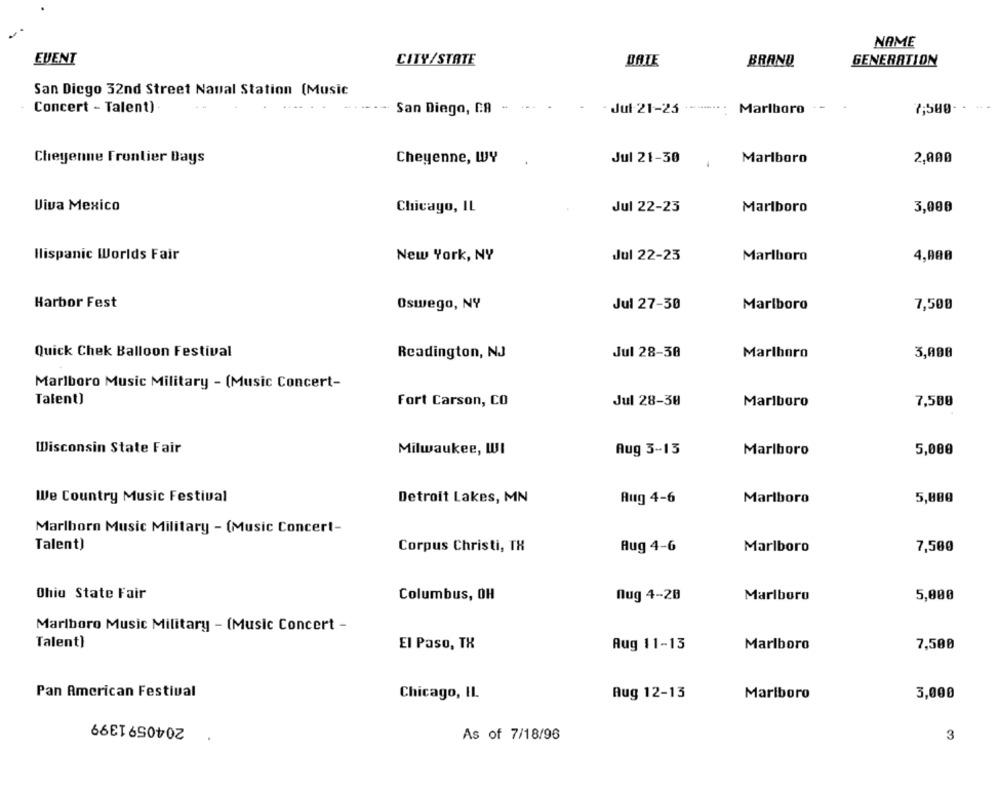
NAME
EVENT
CITY/STATE
BATE
BRAND
GENERATION
San Diego 32nd Street Naval Station (Music
Concert - Talent)
San Diego, CA -
- Jul-21-23 ------...
Marlboro
7,500· ·
Cheyenne Frontier Days
Cheyenne, WY
Jul 21-30
Marlboro
2,000
Viva Mexico
Chicago, IL
Jul 22-23
Marlboro
3,000
Hispanic Worlds Fair
New York, NY
Jul 22-23
Marlboro
4,000
Harbor Fest
Oswego, NY
Jul 27-30
Marlboro
7,500
Quick Chek Balloon Festival
Readington, NJ
Jul 28-30
Marlboro
3,000
Marlboro Music Military - (Music Concert-
Talent)
Fort Carson, CO
Jul 28-30
Marlboro
7,500
Wisconsin State Fair
Milwaukee, WI
Aug 3-13
Marlboro
5,000
We Country Music Festival
Marlboro
Detroit Lakes, MN
Aug 4-6
5,000
Marlboro Music Military - (Music Concert-
Talent)
Corpus Christi, TH
Aug 4-6
Marlboro
7,500
Ohio State Fair
Columbus, OH
nug 4-28
Marlboro
5,000
Marlboro Music Military - (Music Concert -
Talent)
El Paso, TX
Aug 11-13
Marlboro
7,500
Pan American Festival
Chicago, IL
Aug 12-13
Marlboro
3,000
2040591399
As of 7/18/96
3